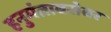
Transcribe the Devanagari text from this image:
हनुमंताबरोबर